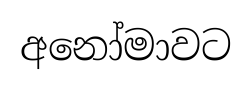
අනෝමාවට